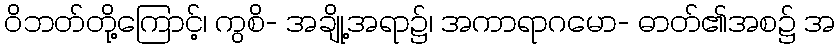
ဝိဘတ်တို့ကြောင့်၊ ကွစိ- အချို့အရာ၌၊ အကာရာဂမော- ဓာတ်၏အစ၌ အ